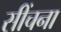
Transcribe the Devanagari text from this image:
सींचना